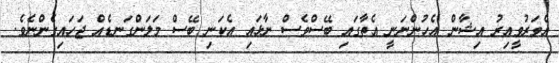
އެވަރުވީއިރު އިޝާން އެހުންނަނީ އެތާގައި ބޭސްވެސް ނާޅައި އެކަނި ބޭސް މަލަންގަނޑެއް ޖަހައިގެންނެވެ.